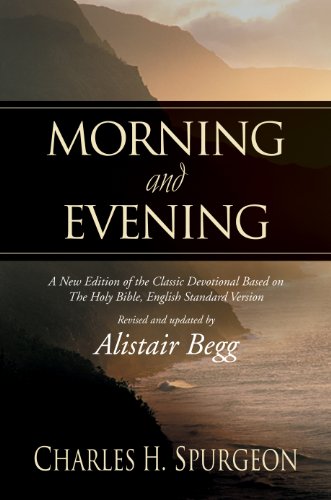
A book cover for Morning and Evening: A New Edition of the Classic Devotional Based on The Holy Bible, English Standard Version; Charles H. Spurgeon; Christian Books & Bibles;